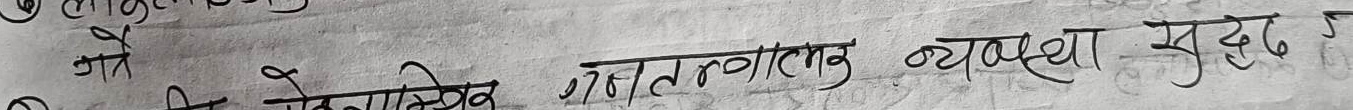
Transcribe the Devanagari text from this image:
गैर प्रजातीय संरचनात्मक व्यवस्था सुदृढ छ